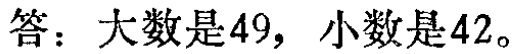
答：大数是\(49\)，小数是\(42\)。